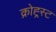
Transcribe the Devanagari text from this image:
क्रोह्र्स्ट